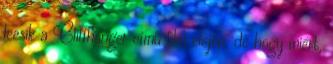
leesik a Cliffhanger című film elején, de hogy miért,